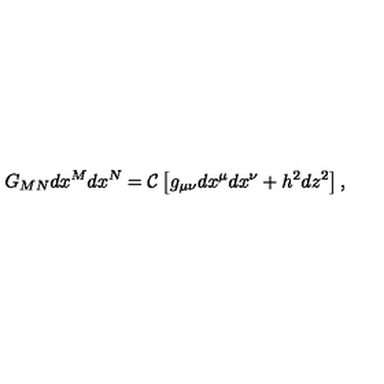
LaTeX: G _ { M N } d x ^ { M } d x ^ { N } = { \cal C } \left[ g _ { \mu \nu } d x ^ { \mu } d x ^ { \nu } + h ^ { 2 } d z ^ { 2 } \right] ,